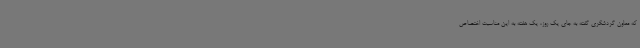
که معاون گردشگری گفته به جای یک روز، یک هفته به این مناسبت اختصاص